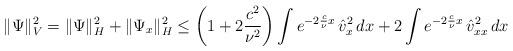
LaTeX: \begin{align*}\Vert \Psi\Vert_V^2 = \Vert \Psi\Vert_H^2 + \Vert \Psi_x \Vert_H^2\leq \left(1 + 2 \frac{c^2}{\nu^2}\right)\int e^{-2\frac c\nu x} \, \hat{v}_x^2 \, dx + 2 \int e^{-2\frac c\nu x} \, \hat{v}_{xx}^2 \, dx\end{align*}